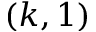
( k , 1 )